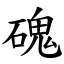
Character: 磈